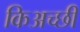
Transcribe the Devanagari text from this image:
किअच्छी